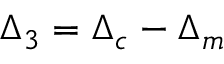
{ \Delta _ { 3 } } = { \Delta _ { c } } - { \Delta _ { m } }